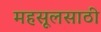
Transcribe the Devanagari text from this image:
महसूलसाठी